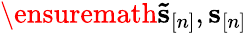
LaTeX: \ensuremath{\mathbf{\tilde{s}}}_{[n]},{\mathbf s}_{[n]}